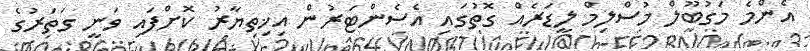
އެންމެ މަގުބޫލް މުސްލިމް ލީޑަރެއް ގޮތުގައި އެސެންޓަރުން އިޚިތިޔާރު ކޮށްފައި ވަނީ ގަތަރުގެ